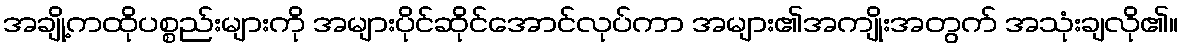
အချို့ကထိုပစ္စည်းများကို အများပိုင်ဆိုင်အောင်လုပ်ကာ အများ၏အကျိုးအတွက် အသုံးချလို၏။